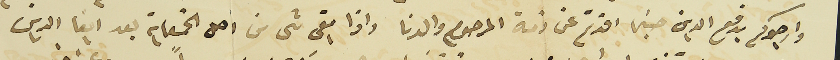
وارجوكم بدفع الدين حين افدتم عن ذمة المرحوم والدنا واذا بقى شى من اصل الخمسماية بعد ايفا الدين